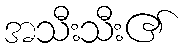
အသီးသီး၏